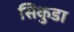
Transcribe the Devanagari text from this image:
सिकुडा